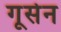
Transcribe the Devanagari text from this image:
गूसेन